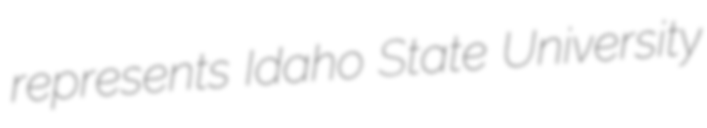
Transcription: represents Idaho State University